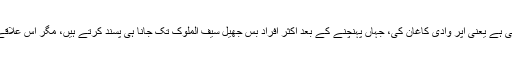
یہ تصویر ضلع مانسہرہ کی خوبصورت وادی کی ہے یعنی اپر وادی کاغان کی، جہاں پہنچنے کے بعد اکثر افراد بس جھیل سیف الملوک تک جانا ہی پسند کرتے ہیں، مگر اس علاقے کی دیگر اہم جگہوں کو نظرانداز کردیتے ہیں۔